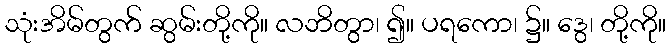
သုံးအိမ်တွက် ဆွမ်းတို့ကို။ လဘိတွာ၊ ၍။ ပရကော၊ ၌။ ဒွေ၊ တို့ကို။